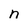
Character: n